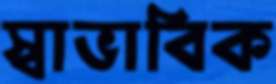
স্বাভাবিক